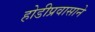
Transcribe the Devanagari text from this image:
होडीप्रवासाने